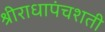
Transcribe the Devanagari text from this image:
श्रीराधापंचशती